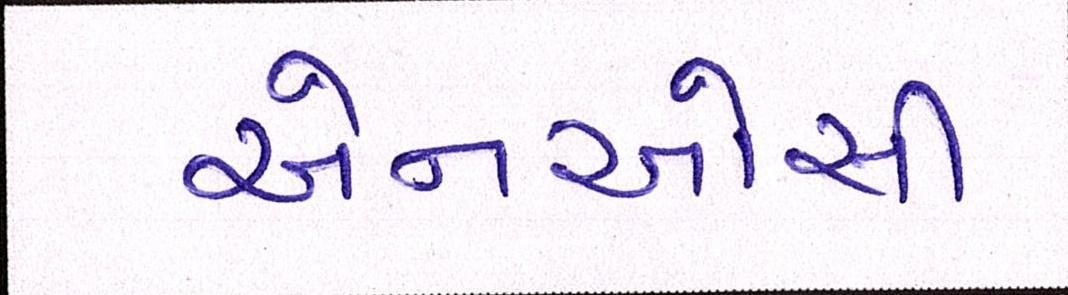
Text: એનઓસી